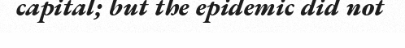
capital; but the epidemic did not